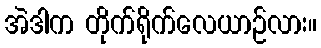
အဲဒါက တိုက်ရိုက်လေယာဉ်လား။